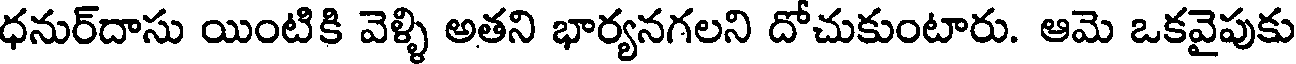
ధనుర్దాసు యింటికి వెళ్ళి అతని భార్యనగలని దోచుకుంటారు. ఆమె ఒకవైపుకు